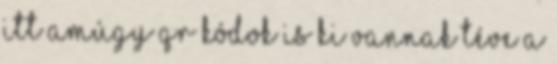
Itt amúgy QR kódok is ki vannak téve a